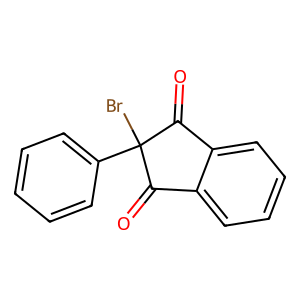
SMILES: O=C1c2ccccc2C(=O)C1(Br)c1ccccc1
Inhibits HIV replication: No